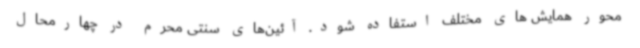
محور همایش های مختلف استفاده شود. آئین‌های سنتی محرم در چهارمحال‌